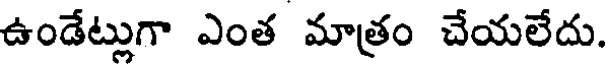
ఉండేట్లుగా ఎంత మాత్రం చేయలేదు.